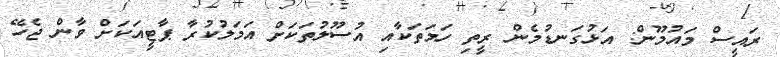
ރައީސް މައުމޫން: އަޅުގަނޑުމެން ރީތި ހަމަތަކާއި އުސޫލުތަކަށް އަމަލުކުރާ ޕާޓީއަކަށް ވާން ޖެހޭ